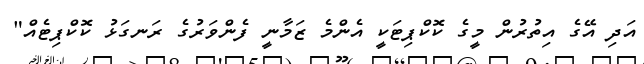
އަދި އޭގެ އިތުރުން މީގެ ކޮކްޕިޓަކީ އެންމެ ޒަމާނީ ފެންވަރުގެ ރަނގަޅު ކޮކްޕިޓެއް"